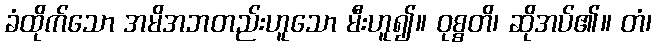
ခံထိုက်သော အမိအဘတည်းဟူသော မီးဟူ၍။ ဝုစ္စတိ၊ ဆိုအပ်၏။ တံ၊